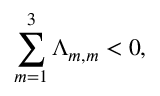
\sum _ { m = 1 } ^ { 3 } \Lambda _ { m , m } < 0 ,